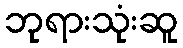
ဘုရားသုံးဆူ